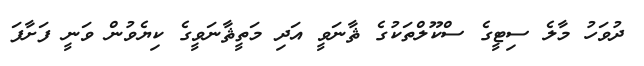
ދުވަހު މާލެ ސިޓީގެ ސްކޫލްތަކުގެ ޘާނަވީ އަދި މަތީޘާނަވީގެ ކިޔެވުން ވަނީ ފަށާފަ